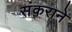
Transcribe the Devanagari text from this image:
संकराने